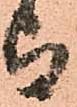
与